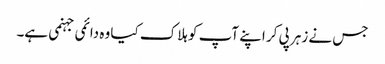
جس نے زہر پی کر اپنے آپ کو ہلاک کیا وہ دائمی جہنمی ہے۔